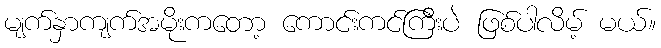
မျက်နှာကျက်အမိုးကတော့ ကောင်းကင်ကြီးပဲ ဖြစ်ပါလိမ့် မယ်။